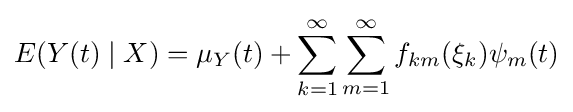
E(Y(t)\mid X)=\mu _{Y}(t)+\sum _{k=1}^{\infty }\sum _{m=1}^{\infty }f_{km}(\xi _{k})\psi _{m}(t)